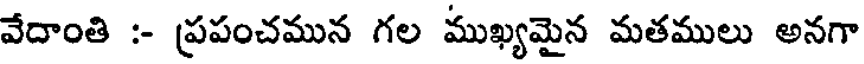
వేదాంతి :- ప్రపంచమున గల ముఖ్యమైన మతములు అనగా